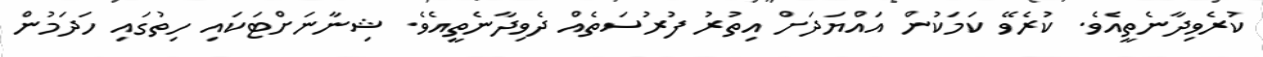
ކުރެވިދާނެތީއެވެ. ކުރެވޭ ކަމަކުން އައްޔަދަށް އިތުރު ފުރުސަތެއް ދެވިދާނެތީއެވެ. ޝިނާނަށްޓަަކައި ހިތުގައި ހަދަމުން